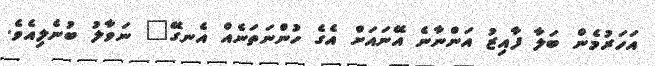
އަހަރުމެން ބަލާ ފާއިޒު އަންނާނެ އޭނައަށް އެގެ ހުންނަތަނެއް އެނގޭ" ނަވާލު ބުނެލިއެވެ.